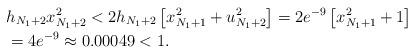
LaTeX: \begin{align*}&h_{N_1+2}x_{N_1+2}^2< 2h_{N_1+2} \left[x_{N_1+1}^2+u_{N_1+2}^2\right]=2e^{-9}\left[x_{N_1+1}^2+1\right]\\&= 4e^{-9}\approx 0.00049<1.\end{align*}